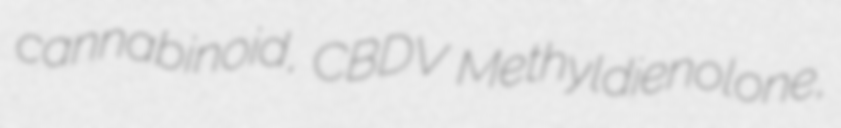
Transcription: cannabinoid, CBDV Methyldienolone,